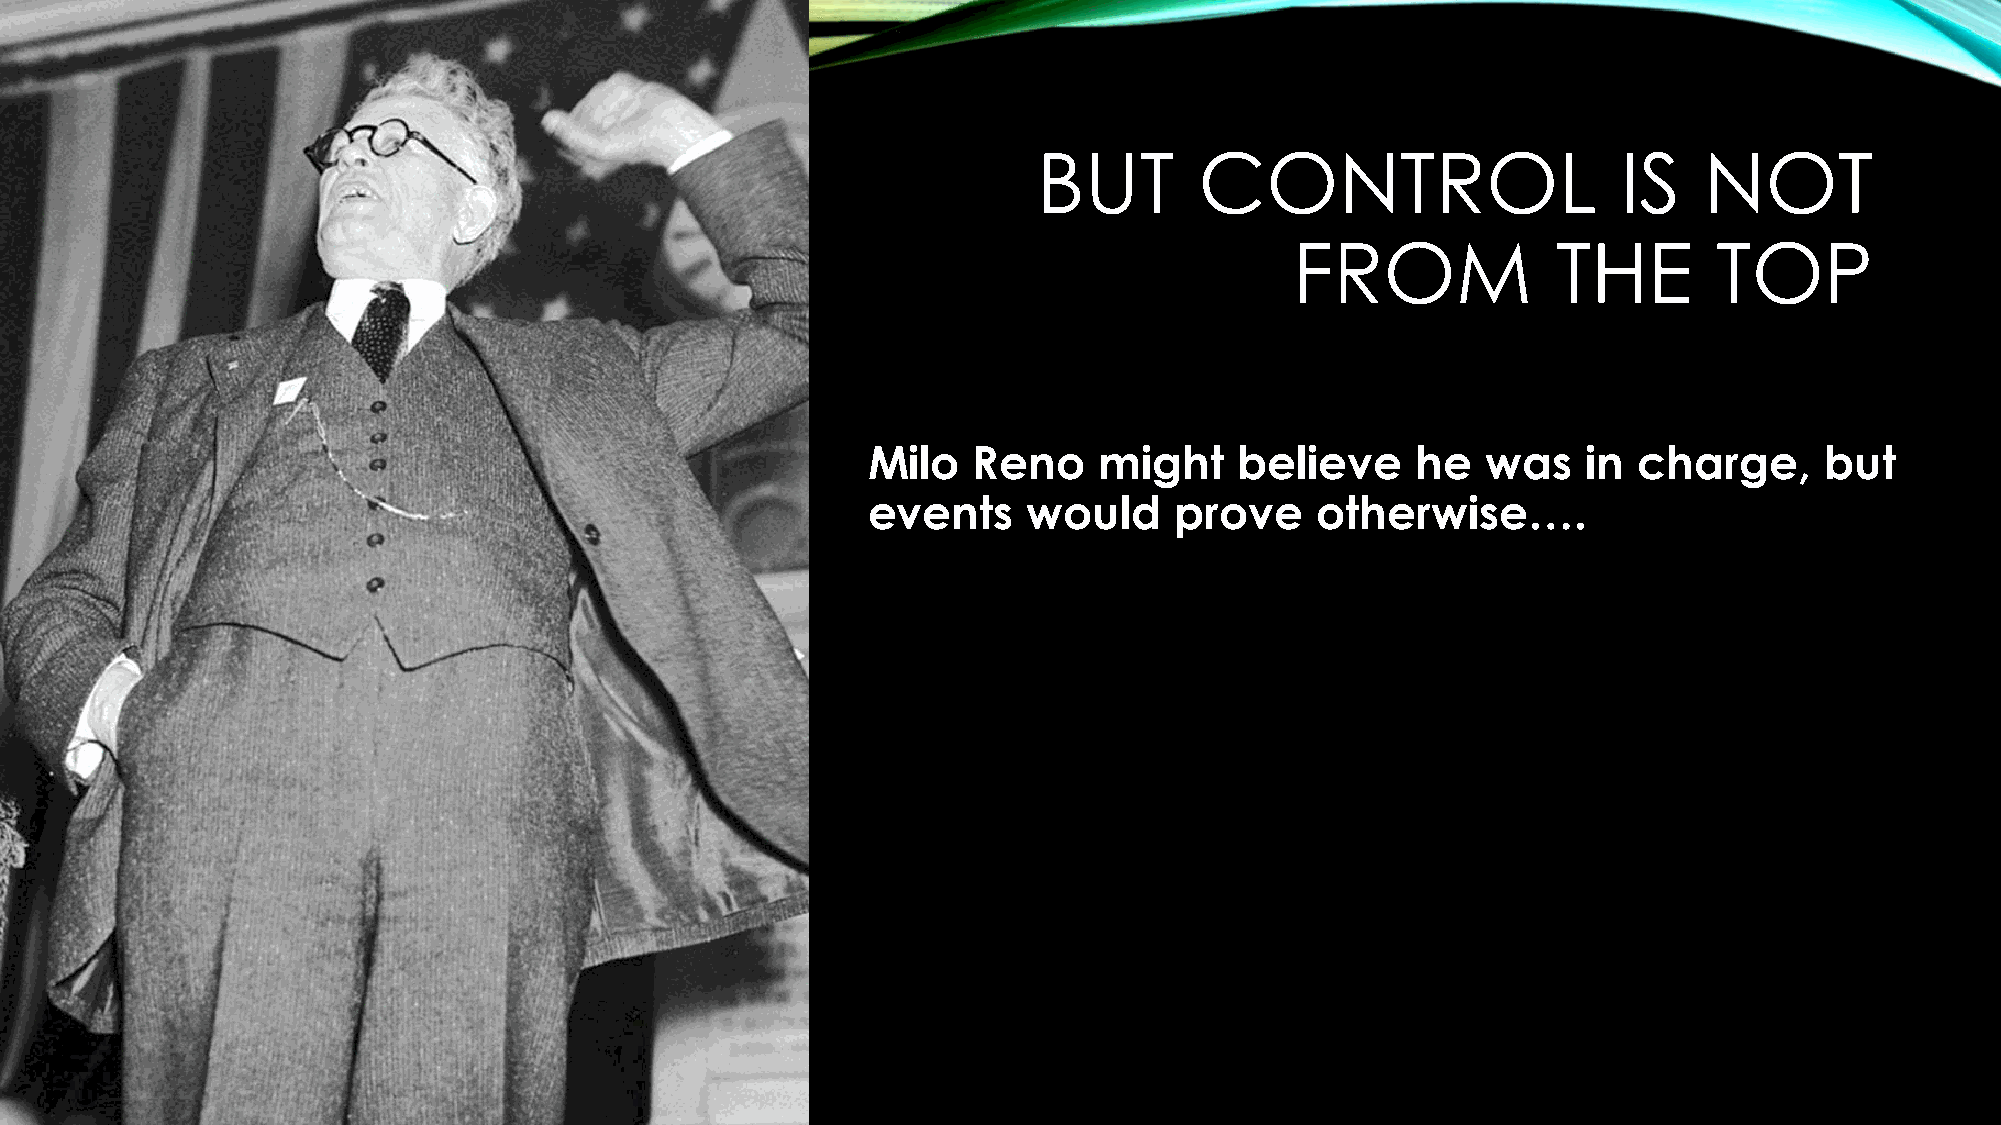
BUT       CONTROL                     IS    NOT
 FROM             THE        TOP
 Milo   Reno     might    believe     he  was    in charge,      but
 events     would     prove    otherwise….